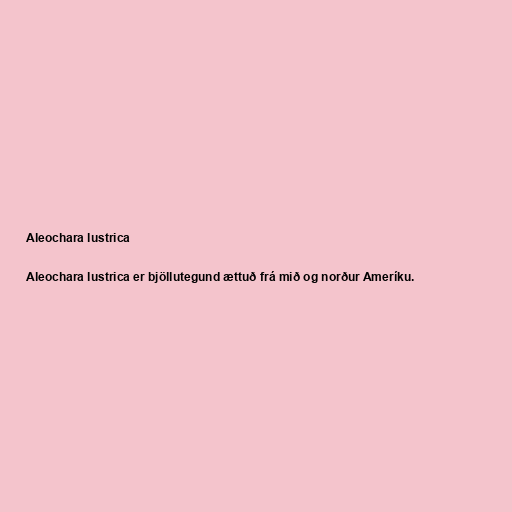
Aleochara lustrica

Aleochara lustrica er bjöllutegund ættuð frá mið og norður Ameríku.